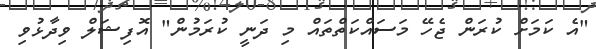
"އެ ކަމަށް ކުރަން ޖެހޭ މަސައްކަތްތައް މި ދަނީ ކުރަމުން" އޮފިޝަލް ވިދާޅުވި